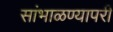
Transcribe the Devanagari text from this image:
सांभाळण्यापरी